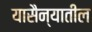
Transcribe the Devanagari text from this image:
यासैन्यातील